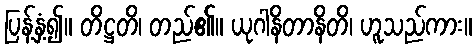
ပြန့်နှံ့၍။ တိဋ္ဌတိ၊ တည်၏။ ယုဂါနိတာနိတိ၊ ဟူသည်ကား။